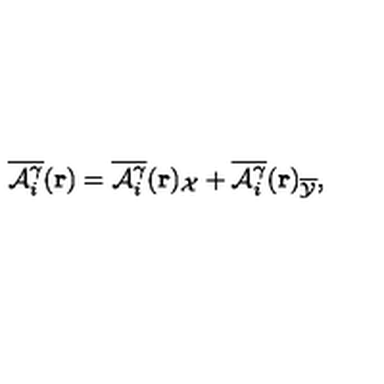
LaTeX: \overline { { { \cal { A } } _ { i } ^ { \gamma } } } ( { \bf { r } } ) = \overline { { { \cal { A } } _ { i } ^ { \gamma } } } ( { \bf { r } } ) _ { \cal X } + \overline { { { \cal { A } } _ { i } ^ { \gamma } } } ( { \bf { r } } ) _ { \overline { { \cal Y } } } ,